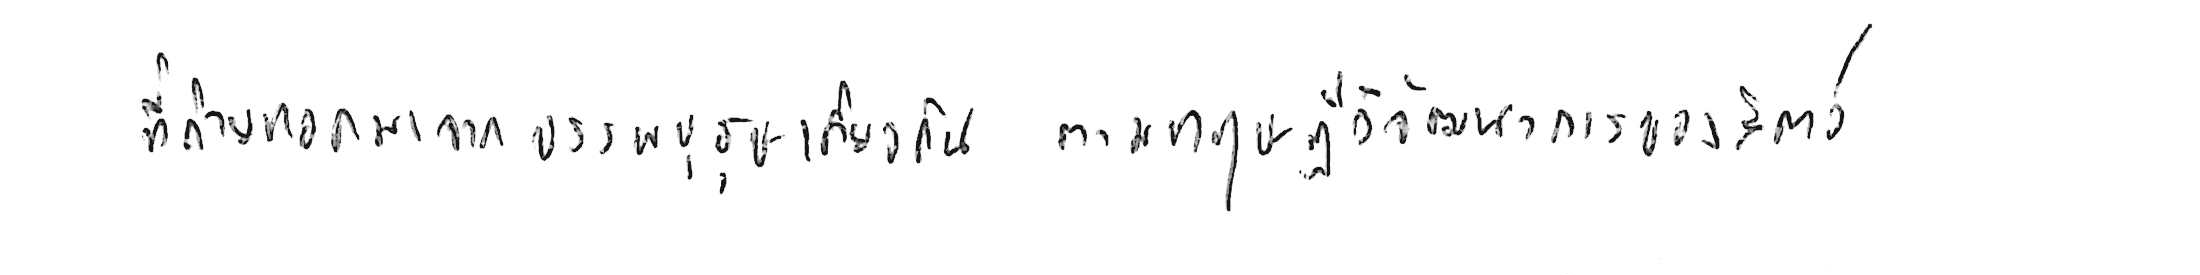
ที่ถ่ายทอดมาจากบรรพบุรุษเดียวกัน ตามทฤษฎีวิวัฒนาการของสัตว์